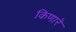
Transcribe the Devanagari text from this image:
किणारे